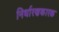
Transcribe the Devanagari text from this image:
निर्धारणकारक